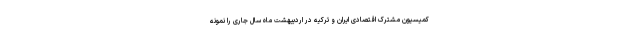
کمیسیون مشترک اقتصادی ایران و ترکیه در اردیبهشت ماه سال جاری را نمونه